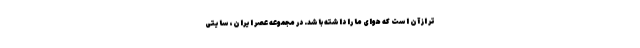
تر از آن است که هوای ما را داشته باشد. در مجموعه عصر ایران، سایتی